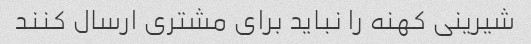
شیرینی کهنه را نباید برای مشتری ارسال کنند